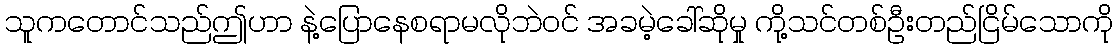
သူကတောင်သည်ဤဟာ နဲ့ပြောနေစရာမလိုဘဲဝင် အခမဲ့ခေါ်ဆိုမှု ကို့သင်တစ်ဦးတည်ငြိမ်သောကို